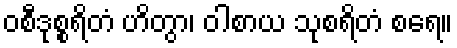
ဝစီဒုစ္စရိတံ ဟိတွာ၊ ဝါစာယ သုစရိတံ စရေ။